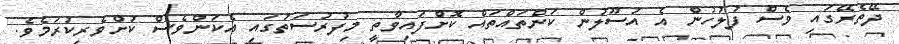
ދޭތެރޭގައި ވެސް ފުލުހުން އެ އުސޫލުން ކަންތައްތައް ކޮށްފައިވާތީ މިފުރުސަތުގައި އެކަންވެސް ކުށްވެރިކުރަމެވެ.